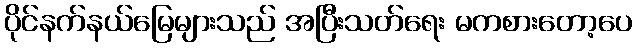
ပိုင်နက်နယ်မြေများသည် အပြီးသတ်ရေး မကစားတော့ပေ